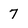
Character: 7